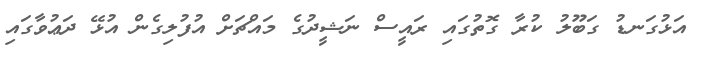
އަޅުގަނޑު ގަބޫލު ކުރާ ގޮތުގައި ރައީސް ނަޝީދުގެ މައްޗަށް އުފުލިގެން އުޅޭ ދަޢުވާގައި